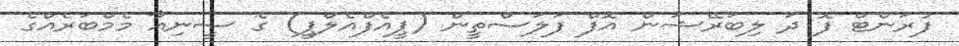
ފުރަންޓް ފޮ ދަ ލިބަރޭޝަން އޮފް ފަލަސްތީން (ޕީއެފްއެލްޕީ) ގެ ސީނިއާ މެމްބަރެއްގެ